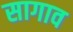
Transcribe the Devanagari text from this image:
सागाव